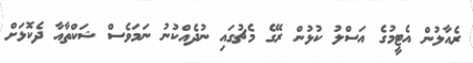
ރެއާލުން އެޓީމުގެ އަސްލު ކުޅުން ރޭގެ މެޗުގައި ނުދެއްކުނު ނަމަވެސް ޝަކްތާއާ ދެކޮޅަށް